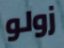
زولو